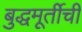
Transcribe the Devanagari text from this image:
बुद्धमूर्तीची